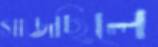
সাজছিলে